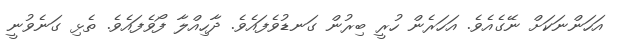
އަހަންނަކަށް ނޭގެއެވެ. އަހަރެން ހުރީ ބިރުން ގަނޑުވެފައެވެ. ދާހިއްލާ ފޯވެފައެވެ. ތެޅި ގަނެވުނީ